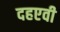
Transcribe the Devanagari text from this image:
दहएवी